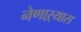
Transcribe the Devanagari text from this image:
नेणाऱ्यास